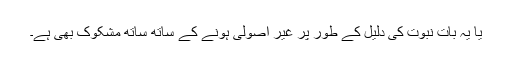
یا یہ بات نبوت کی دلیل کے طور پر غیر اصولی ہونے کے ساتھ ساتھ مشکوک بھی ہے۔